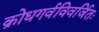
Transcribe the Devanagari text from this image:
क्रोधगर्वविवर्जितः